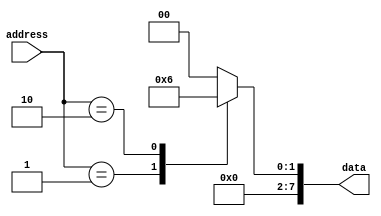
module mask_programmed_rom
    #(parameter DATA_WIDTH = 8, ADDRESS_WIDTH = 4)
    (
    input wire [ADDRESS_WIDTH-1:0] address,
    output reg [DATA_WIDTH-1:0] data
    );
    
    always @*
    begin
        case(address)
            4'b0000: data = 8'b00000000; //data for address 0
            4'b0001: data = 8'b00000001; //data for address 1
            4'b0010: data = 8'b00000010; //data for address 2
            //additional cases for other addresses
            default: data = 8'b00000000; //default data
        endcase
    end
endmodule